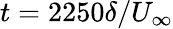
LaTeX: t=2250\delta/U_{\infty}